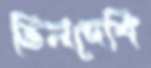
ভিনদেশি